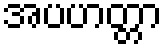
အပဟတ္တာ